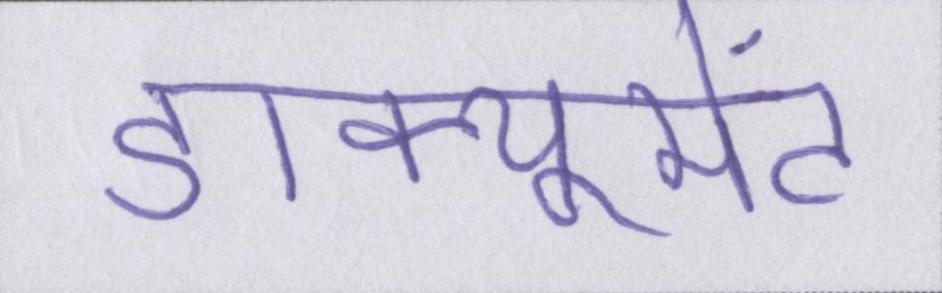
डाक्यूमेंट